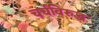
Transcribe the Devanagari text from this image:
चर्चविरुद्ध